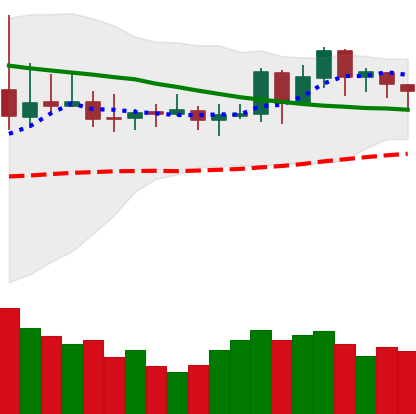
Ticker: DOGE-USD
Chart end date: 2019-11-14
Forward return: -4.925%
Label: down_3_5